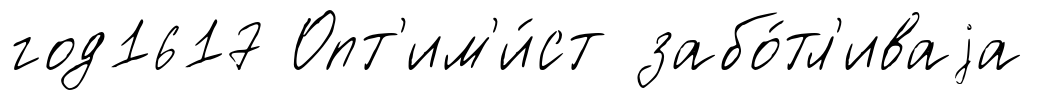
год1617 Опт'им'и́ст забо́тл'иваjа